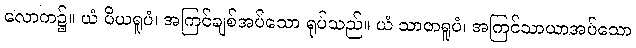
လောက၌။ ယံ ပိယရူပံ၊ အကြင်ချစ်အပ်သော ရုပ်သည်။ ယံ သာတရူပံ၊ အကြင်သာယာအပ်သော